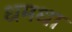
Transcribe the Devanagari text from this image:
धमधा